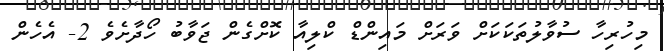
މިހުރިހާ ސުވާލުތަކަކަށް ވަރަށް މައިންޑް ކްލިއާ ކޮށްގެން ޖަވާބު ހޯދާށެވެ 2- އެހެން